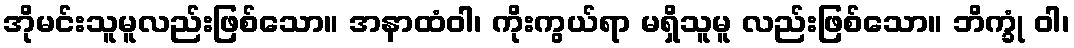
အိုမင်းသူမူလည်းဖြစ်သော။ အနာထံဝါ၊ ကိုးကွယ်ရာ မရှိသူမူ လည်းဖြစ်သော။ ဘိက္ခုံ ဝါ၊